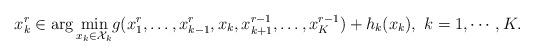
LaTeX: \begin{align*}x_k^r \in \arg\min_{x_k\in \mathcal{X}_k} &g(x_1^{r},\ldots,x_{k-1}^{r},x_k,x_{k+1}^{r-1},\ldots, x_K^{r-1})+h_k(x_k), \ k=1,\cdots, K.\end{align*}